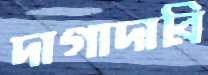
দাগাদারি